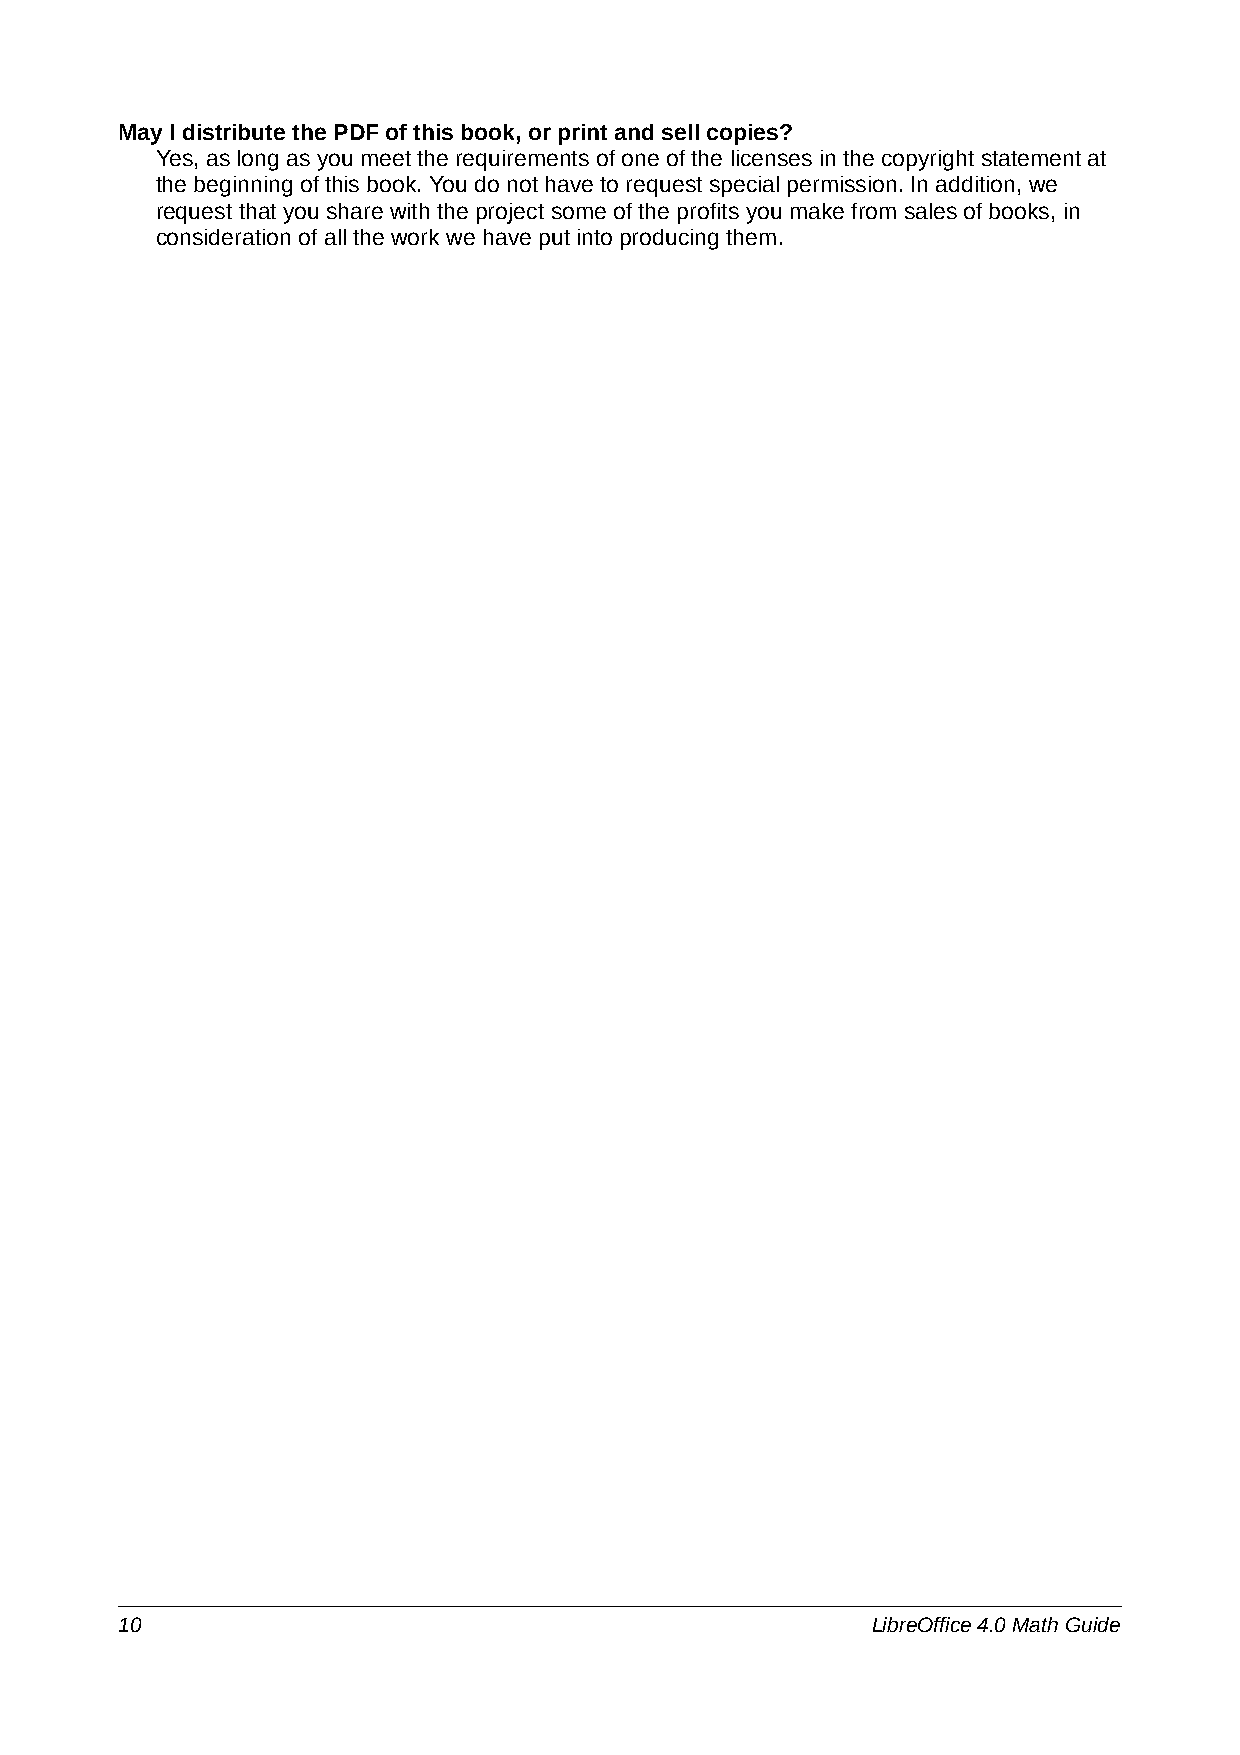
May I distribute the PDF of this book, or print and sell copies?
 Yes, as long as you meet the requirements of one of the licenses in the copyright statement at
 the beginning of this book. You do not have to request special permission. In addition, we
 request that you share with the project some of the profits you make from sales of books, in
 consideration of all the work we have put into producing them.
 10                                                LibreOffice 4.0 Math Guide